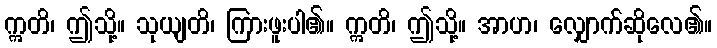
ဣတိ၊ ဤသို့။ သုယျတိ၊ ကြားဖူးပါ၏။ ဣတိ၊ ဤသို့။ အာဟ၊ လျှောက်ဆိုလေ၏။